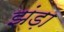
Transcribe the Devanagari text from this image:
झंड़ा